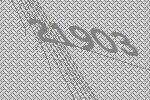
21903